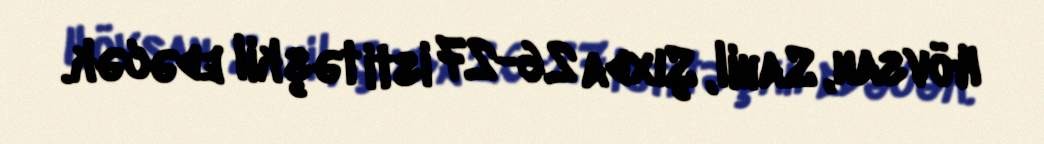
Hövsan, Sahil, Şıxda 26-27 isti təşkil edəcək.